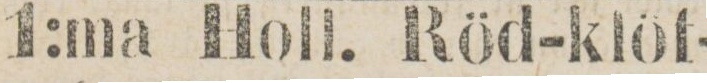
1:ma Holl. Röd-klöf-